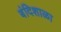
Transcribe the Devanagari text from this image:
बंदिशाळा